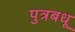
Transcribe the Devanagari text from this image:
पुत्रबधू